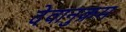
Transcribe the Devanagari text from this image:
देवानुक्रम